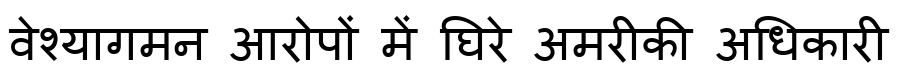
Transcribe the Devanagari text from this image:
वेश्यागमन आरोपों में घिरे अमरीकी अधिकारी